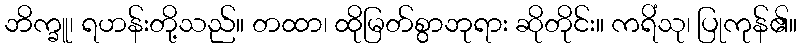
ဘိက္ခူ၊ ရဟန်းတို့သည်။ တထာ၊ ထိုမြတ်စွာဘုရား ဆိုတိုင်း။ ကရိံသု၊ ပြုကုန်၏။